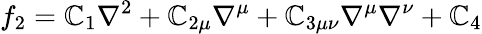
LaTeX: f_{2}=\mathbb{C}_{1}\nabla^{2}+\mathbb{C}_{2\mu}\nabla^{\mu}+\mathbb{C}_{3\mu\nu}\nabla^{\mu}\nabla^{\nu}+\mathbb{C}_{4}